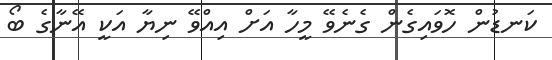
ކަނޑުން ހޮވައިގެން ގެނެވޭ މީހާ އަށް އިއްވޭ ނިޔާ އަކީ އޭނާގެ ބޯ